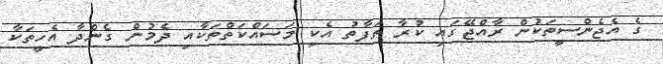
ގެ އެޖެންސީތަކުން ރާއްޖޭގައި ކުރާ ތަފާތު އެކި މަސައްކަތްތަކާއި ދެމުން ގެންދާ އެހީތަކާ